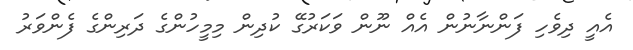
އެއީ ދިވެހި ފަންނާނުން އެއް ނޫން ވަކަރުގޭ ކުދިން މިމީހުންގެ ދަރިންގެ ފެންވަރު